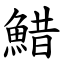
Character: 䱜